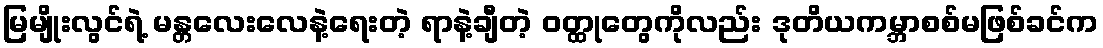
မြမျိုးလွင်ရဲ့ မန္တလေးလေနဲ့ရေးတဲ့ ရာနဲ့ချီတဲ့ ဝတ္ထုတွေကိုလည်း ဒုတိယကမ္ဘာစစ်မဖြစ်ခင်က